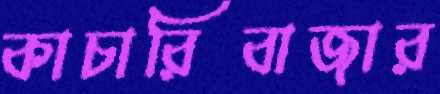
কাচারিবাজার